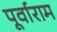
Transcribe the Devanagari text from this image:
पूर्वाराम